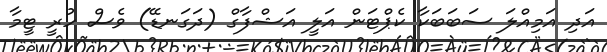
އަދި އަމިއްލަ ސަބަބަކާ ކެޕްޓަން އަލީ އަޝްފާގް (ދަގަނޑޭ) ވެސް ހުރީ ޓީމާ